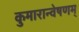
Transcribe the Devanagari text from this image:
कुमारान्वेषणम्